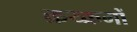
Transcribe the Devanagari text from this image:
क्रय्क्रमों